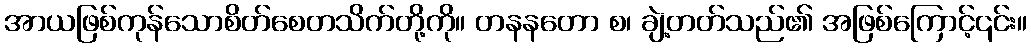
အာယဖြစ်ကုန်သောစိတ်စေတသိက်တို့ကို။ တနနတော စ၊ ချဲ့တတ်သည်၏ အဖြစ်ကြောင့်၎င်း။